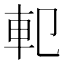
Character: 𨊠